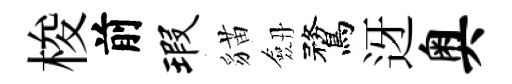
梭前瑕貓劔鶩迓奥